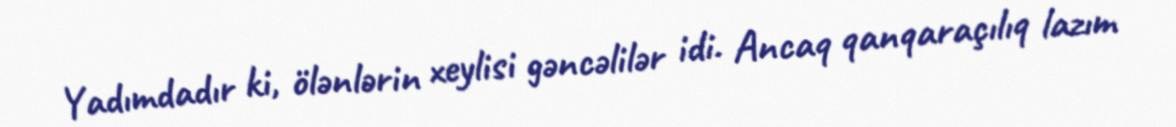
Yadımdadır ki, ölənlərin xeylisi gəncəlilər idi. Ancaq qanqaraçılıq lazım